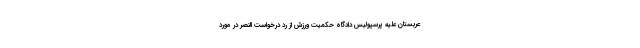
عربستان علیه پرسپولیس دادگاه حکمیت ورزش از رد درخواست النصر در مورد